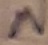
Text: N